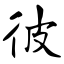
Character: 彼